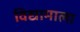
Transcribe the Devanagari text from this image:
विद्यामाला